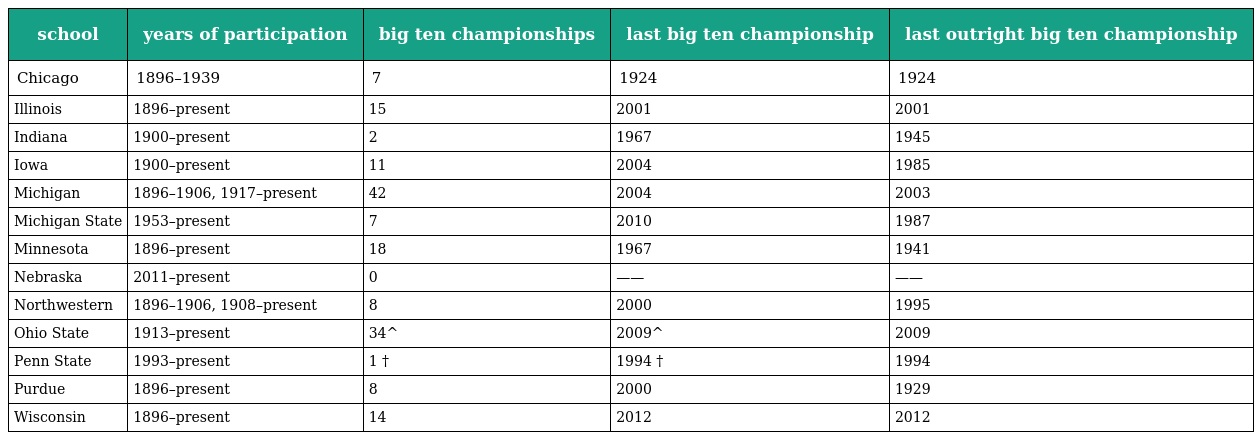
| school | years of participation | big ten championships | last big ten championship | last outright big ten championship |
 | --- | --- | --- | --- | --- |
 | Chicago | 1896–1939 | 7 | 1924 | 1924 |
 | Illinois | 1896–present | 15 | 2001 | 2001 |
 | Indiana | 1900–present | 2 | 1967 | 1945 |
 | Iowa | 1900–present | 11 | 2004 | 1985 |
 | Michigan | 1896–1906, 1917–present | 42 | 2004 | 2003 |
 | Michigan State | 1953–present | 7 | 2010 | 1987 |
 | Minnesota | 1896–present | 18 | 1967 | 1941 |
 | Nebraska | 2011–present | 0 | —— | —— |
 | Northwestern | 1896–1906, 1908–present | 8 | 2000 | 1995 |
 | Ohio State | 1913–present | 34^ | 2009^ | 2009 |
 | Penn State | 1993–present | 1 † | 1994 † | 1994 |
 | Purdue | 1896–present | 8 | 2000 | 1929 |
 | Wisconsin | 1896–present | 14 | 2012 | 2012 |